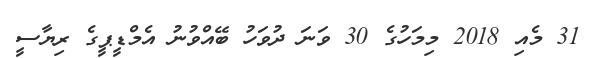
31 މެއި 2018 މިމަހުގެ 30 ވަނަ ދުވަހު ބޭއްވުނު އެމްޑީޕީގެ ރިޔާސީ